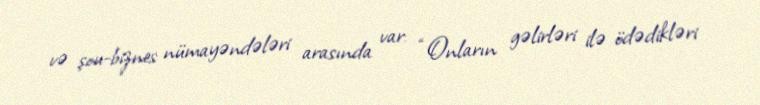
və şou-biznes nümayəndələri arasında var: “Onların gəlirləri ilə ödədikləri